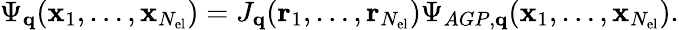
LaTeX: \Psi_{\mathbf{q}}(\mathbf{x}_{1},\dots,\mathbf{x}_{N_{\mathrm{el}}})=J_{\mathbf{q}}(\mathbf{r}_{1},\dots,\mathbf{r}_{N_{\mathrm{el}}})\Psi_{AGP,\mathbf{q}}(\mathbf{x}_{1},\dots,\mathbf{x}_{N_{\mathrm{el}}}).